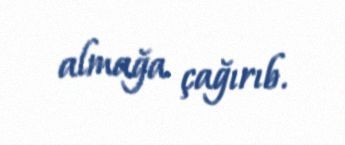
almağa çağırıb.